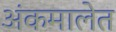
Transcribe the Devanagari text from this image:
अंकमालेत